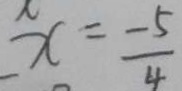
x = \frac { - 5 } { 4 }